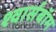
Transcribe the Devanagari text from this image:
श्वार्सबॉम